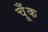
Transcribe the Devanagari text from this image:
चूँक